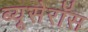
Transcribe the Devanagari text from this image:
ब्यूसेरॉस